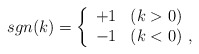
\begin{align*}sgn(k)=\left\{\begin{array}{ll}+1&(k>0)\\-1&(k<0) \,\,,\end{array}\right.\end{align*}